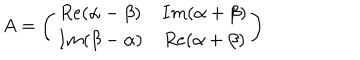
LaTeX: A = \left( \begin{array} { c c } { { R e ( \alpha - \beta ) } } & { { I m ( \alpha + \beta ) } } \\ { { I m ( \beta - \alpha ) } } & { { R e ( \alpha + \beta ) } } \\ \end{array} \right)